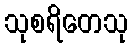
သုစရိတေသု